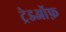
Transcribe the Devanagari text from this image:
ट्रेडऑफ़